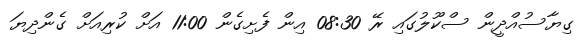
ގިޔާސުއްދީން ސްކޫލުގައި ރޭ 08:30 އިން ފެށިގެން 11:00 އަށް ކުރިއަށް ގެންދިޔަ